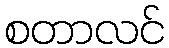
စတာလင်